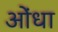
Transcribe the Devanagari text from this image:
ओंधा